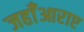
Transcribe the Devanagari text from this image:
जहाँआराए